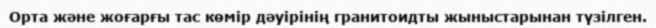
Орта және жоғарғы тас көмір дәуірінің гранитоидты жыныстарынан түзілген.